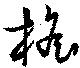
檐